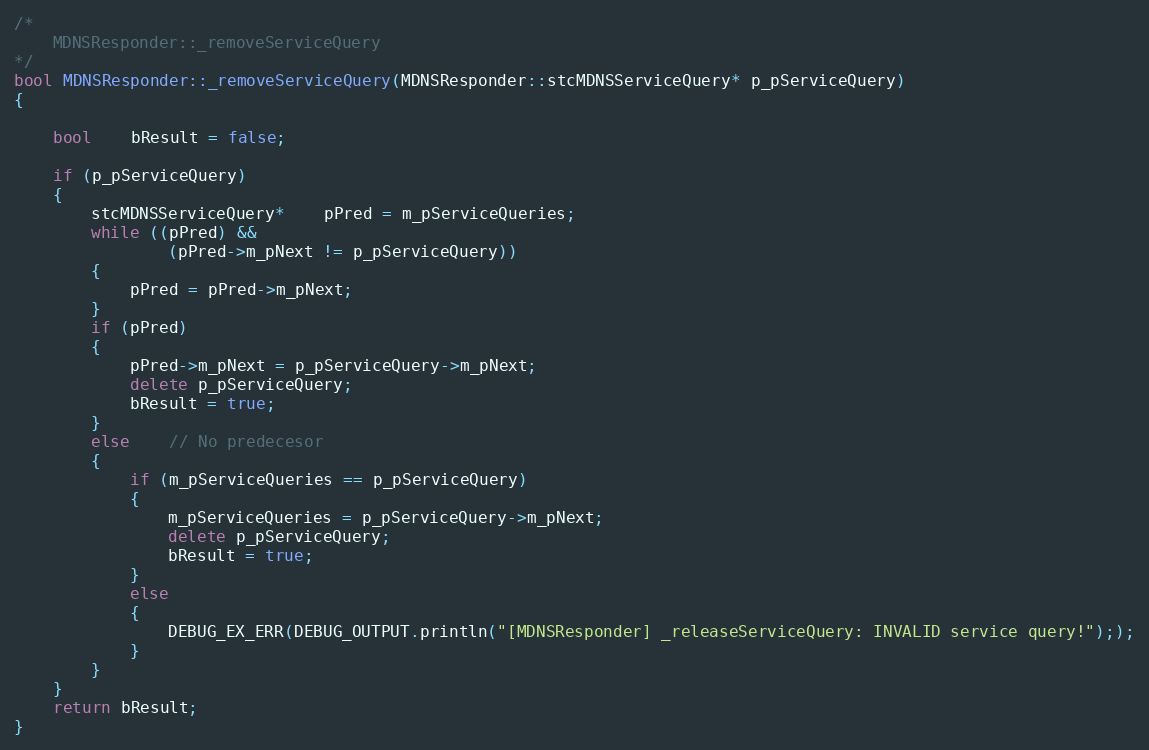
Language: C++
/*
    MDNSResponder::_removeServiceQuery
*/
bool MDNSResponder::_removeServiceQuery(MDNSResponder::stcMDNSServiceQuery* p_pServiceQuery)
{

    bool    bResult = false;

    if (p_pServiceQuery)
    {
        stcMDNSServiceQuery*    pPred = m_pServiceQueries;
        while ((pPred) &&
                (pPred->m_pNext != p_pServiceQuery))
        {
            pPred = pPred->m_pNext;
        }
        if (pPred)
        {
            pPred->m_pNext = p_pServiceQuery->m_pNext;
            delete p_pServiceQuery;
            bResult = true;
        }
        else    // No predecesor
        {
            if (m_pServiceQueries == p_pServiceQuery)
            {
                m_pServiceQueries = p_pServiceQuery->m_pNext;
                delete p_pServiceQuery;
                bResult = true;
            }
            else
            {
                DEBUG_EX_ERR(DEBUG_OUTPUT.println("[MDNSResponder] _releaseServiceQuery: INVALID service query!"););
            }
        }
    }
    return bResult;
}